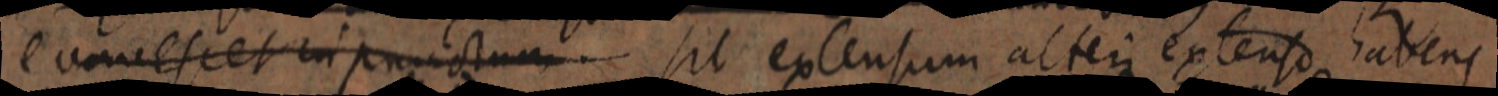
Cum eset in punctum sit extensum alteri extenso habens